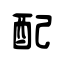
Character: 配